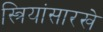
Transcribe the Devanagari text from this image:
स्त्रियांसारखे